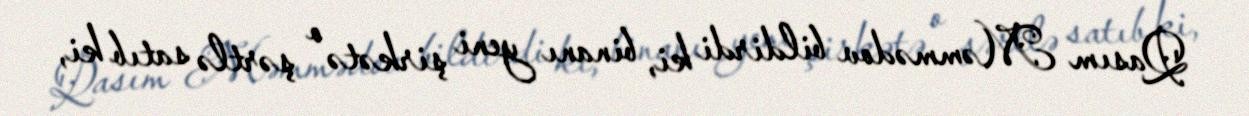
Qasım Məmmədov bildirdi ki, binanı yeni şirkətə o şərtlə satıb ki,